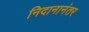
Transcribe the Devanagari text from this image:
निदानानंतर